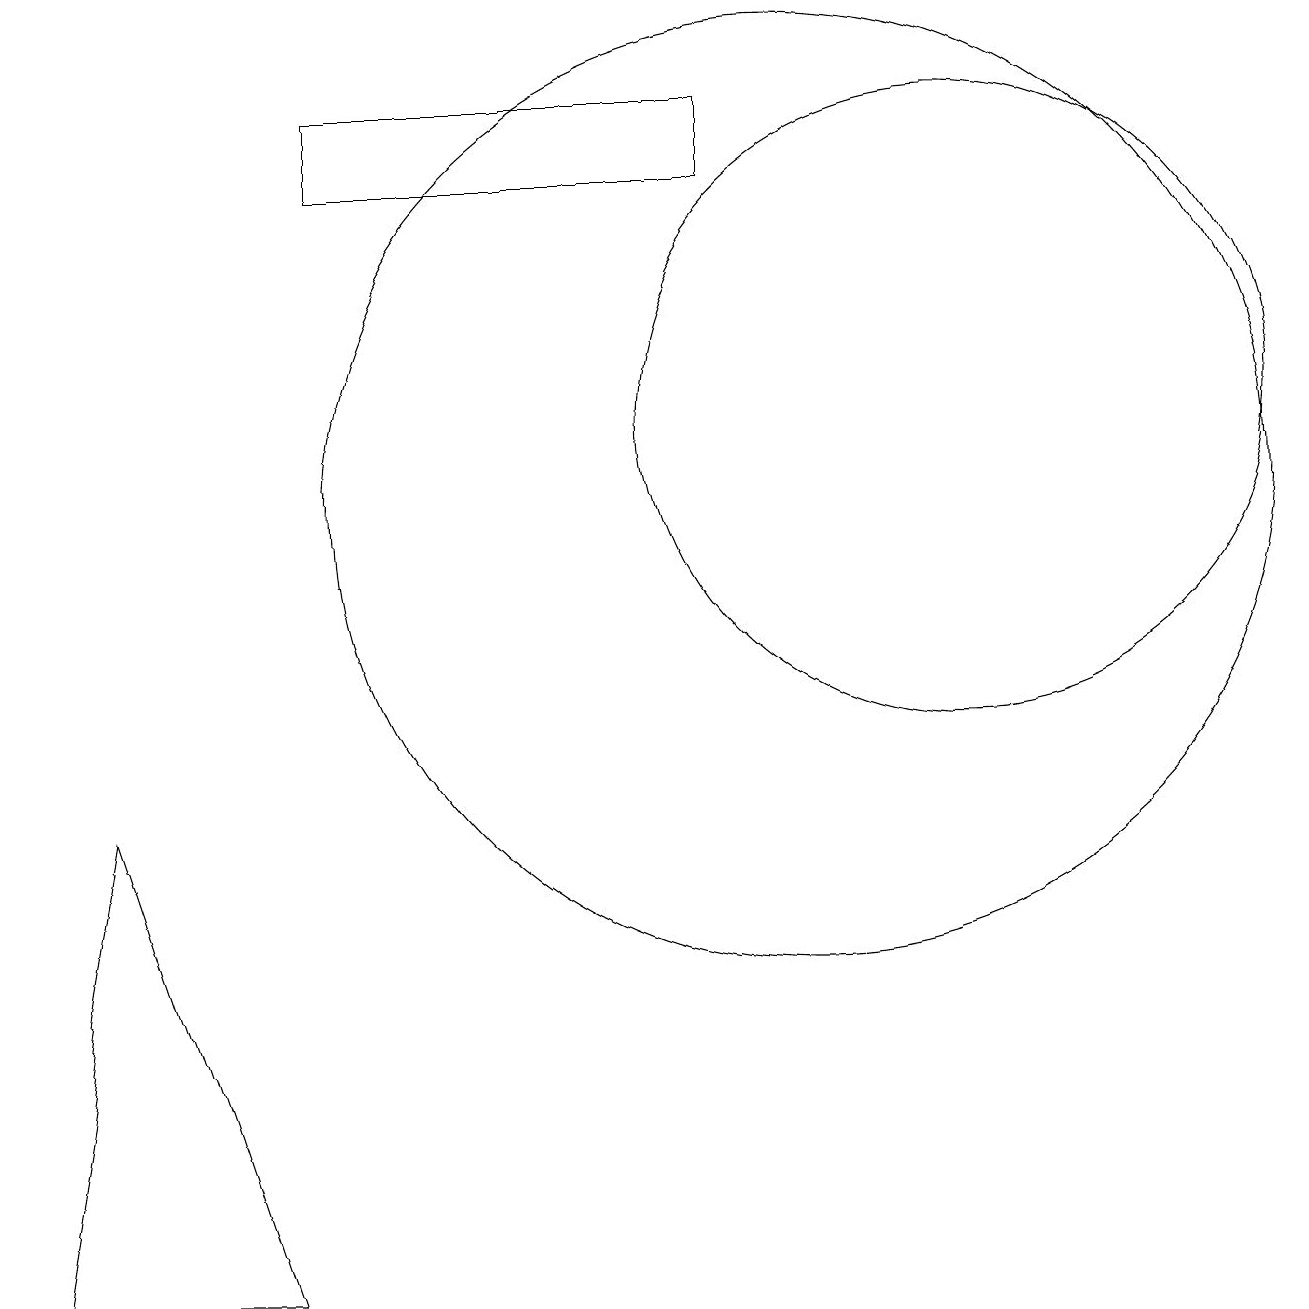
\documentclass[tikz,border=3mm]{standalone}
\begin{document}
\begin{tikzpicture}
\draw (10,10) circle (6);
\draw (4,15) rectangle (9,14);
\draw (12,11) circle (4);
\draw (0,0) -- (3,0) -- (1,6) -- cycle;
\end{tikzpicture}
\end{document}